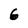
Character: 6